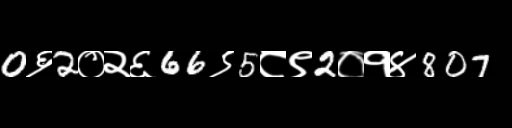
Text: 0६2०२६66९5८९2०१४807